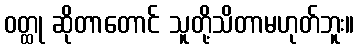
ဝတ္ထု ဆိုတာတောင် သူတို့သိတာမဟုတ်ဘူး။